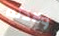
ولادته